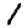
Digit: 1